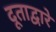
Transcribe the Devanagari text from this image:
दूताद्वारे